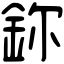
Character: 鉨